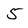
Character: 5